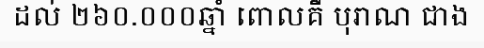
ដល់ ២៦០.០០០ឆ្នាំ ពោលគឺ បុរាណ ជាង